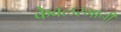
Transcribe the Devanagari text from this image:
केवलरमानी